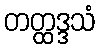
တတ္ထဒ္ဒသံ